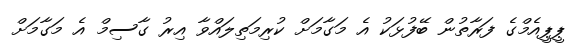
ޕީޕީއެމްގެ ފަރާތުން ބޭފުޅަކު އެ މަގާމަށް ކުރިމަތިލައްވާ އިރު ގާސިމް އެ މަގާމަށް